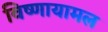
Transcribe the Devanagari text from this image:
विष्णायामल